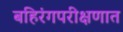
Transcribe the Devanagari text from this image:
बहिरंगपरीक्षणात